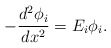
\begin{align*}-\frac{d^2\phi_i}{dx^2}=E_i\phi_i.\end{align*}